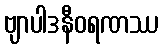
ဗျာပါဒနီဝရဏဿ